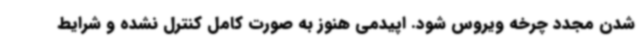
شدن مجدد چرخه ویروس شود. اپیدمی هنوز به صورت کامل کنترل نشده و شرایط